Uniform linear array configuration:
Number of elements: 48
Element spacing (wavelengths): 0.25
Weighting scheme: exponential
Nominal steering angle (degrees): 15
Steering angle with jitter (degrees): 14.211
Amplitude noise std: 0.05
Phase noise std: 0.05

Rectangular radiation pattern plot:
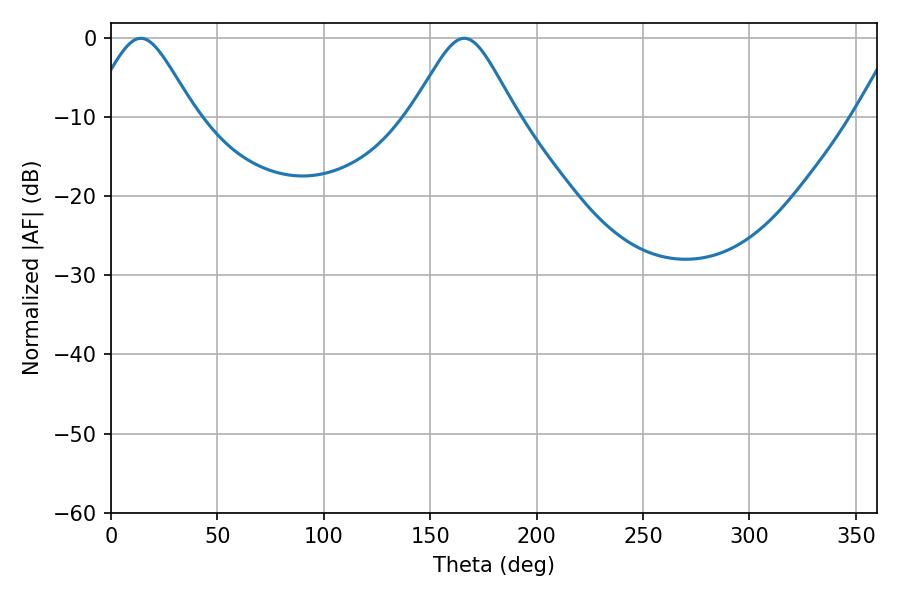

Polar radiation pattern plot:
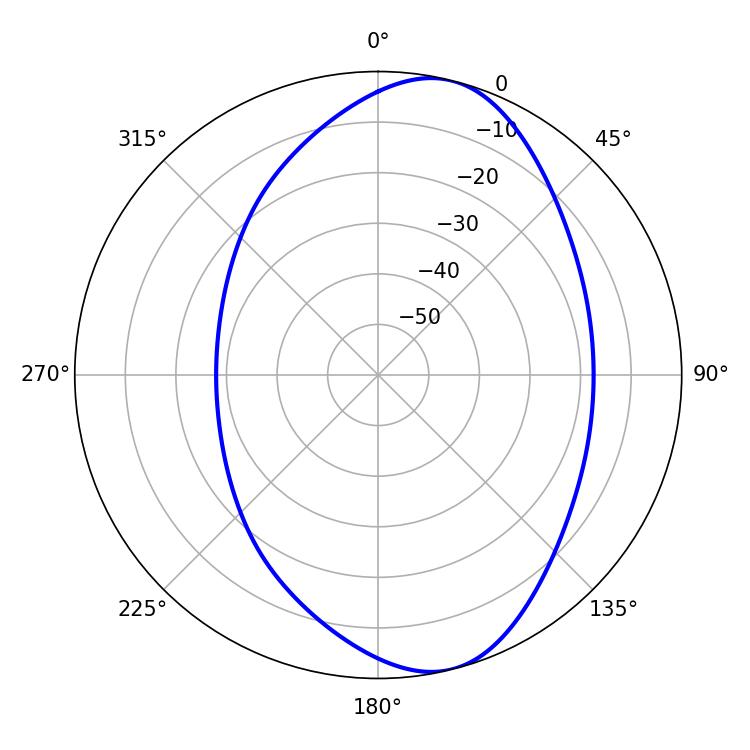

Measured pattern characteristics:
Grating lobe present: FALSE
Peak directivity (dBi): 8.793
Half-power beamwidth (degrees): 23.94
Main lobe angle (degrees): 14.04